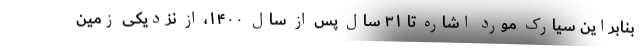
بنابراین سیارک مورد اشاره تا ۳۱ سال پس از سال ۱۴۰۰، از نزدیکی زمین